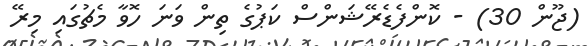
(ޖޫން 30) - ކޮންފެޑެރޭޝަންސް ކަޕުގެ ތިން ވަނަ ހޮވާ މެޗުގައި މިރޭ